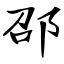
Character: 邵